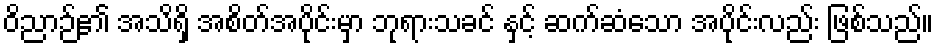
ဝိညာဉ်၏ အသိရှိ အစိတ်အပိုင်းမှာ ဘုရားသခင် နှင့် ဆက်ဆံသော အပိုင်းလည်း ဖြစ်သည်။